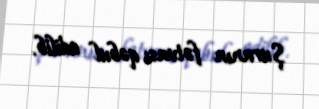
Şuranın fətvası qəbul edilib.